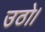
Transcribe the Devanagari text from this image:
उठो।